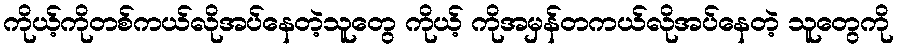
ကိုယ့်ကိုတစ်ကယ်လိုအပ်နေတဲ့သူတွေ ကိုယ့် ကိုအမှန်တကယ်လိုအပ်နေတဲ့ သူတွေကို